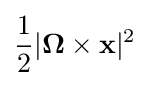
{\frac {1}{2}}|\mathbf {\Omega } \times \mathbf {x} |^{2}